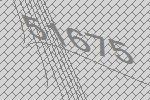
51675